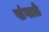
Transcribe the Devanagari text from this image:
खंगाळे